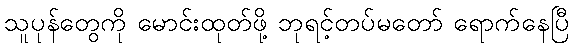
သူပုန်တွေကို မောင်းထုတ်ဖို့ ဘုရင့်တပ်မတော် ရောက်နေပြီ